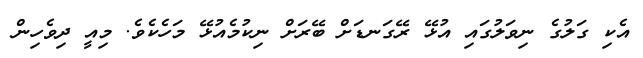
އެކި ގަލުގެ ނިވަލުގައި އުޅޭ ރޭގަނޑަށް ބޭރަށް ނިކުމެއުޅޭ މަހެކެވެ. މިއީ ދިވެހިން